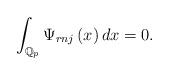
LaTeX: \begin{align*}\int_{\mathbb{Q}_{p}}\Psi_{rnj}\left( x\right) dx=0. \end{align*}